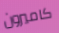
كاميرون